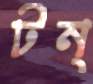
টন্